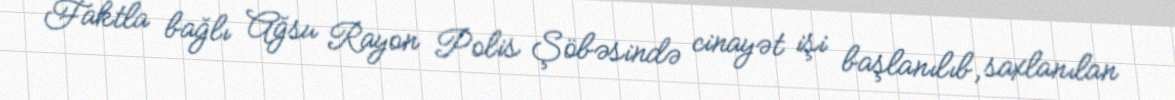
Faktla bağlı Ağsu Rayon Polis Şöbəsində cinayət işi başlanılıb, saxlanılan